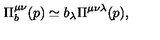
\Pi _ { b } ^ { \mu \nu } ( p ) \simeq b _ { \lambda } \Pi ^ { \mu \nu \lambda } ( p ) ,